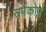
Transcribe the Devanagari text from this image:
सर्पकोप